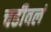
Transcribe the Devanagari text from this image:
चढीवलं